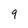
Character: 9